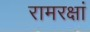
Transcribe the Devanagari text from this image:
रामरक्षां